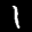
Digit: 1